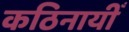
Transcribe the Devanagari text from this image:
कठिनायीँ